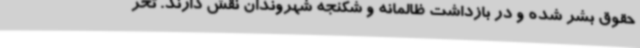
حقوق بشر شده و در بازداشت ظالمانه و شکنجه شهروندان نقش دارند. تحر